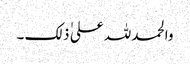
والحمد للہ علی ٰ ذلک ۔